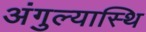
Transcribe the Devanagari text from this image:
अंगुल्यास्थि